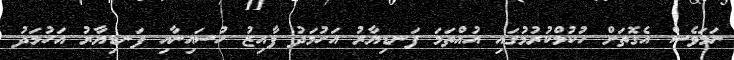
ނަމަވެސް އެގޮތަށް ހުކުމްކުރުމުގައި އުއްތަމަ ފަނޑިޔާރު އަހުމަދު ފާއިޒު ހުސައިނާއި ފަނޑިޔާރު އަހުމަދު